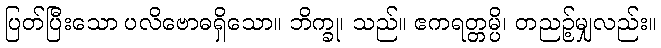
ပြတ်ပြီးသော ပလိဗောဓရှိသော။ ဘိက္ခု၊ သည်။ ဧကရတ္တမ္ပိ၊ တညဉ့်မျှလည်း။